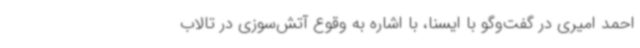
احمد امیری در گفت‌وگو با ایسنا، با اشاره به وقوع آتش‌سوزی در تالاب